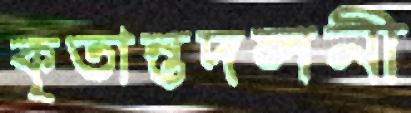
কৃতান্তদলনী